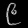
Digit: ၉